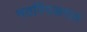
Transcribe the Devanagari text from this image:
मठपिंपळगाव